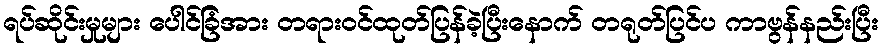
ရပ်ဆိုင်းမှုများ ပေါင်ခြံအား တရားဝင်ထုတ်ပြန်ခဲ့ပြီးနောက် တရုတ်ပြင်ပ ကာဗွန်နည်းပြီး